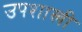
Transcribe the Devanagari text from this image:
उपशास्त्री